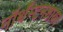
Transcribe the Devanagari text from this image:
नॉर्थॅम्टनशायर